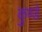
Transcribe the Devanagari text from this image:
कुण्डे